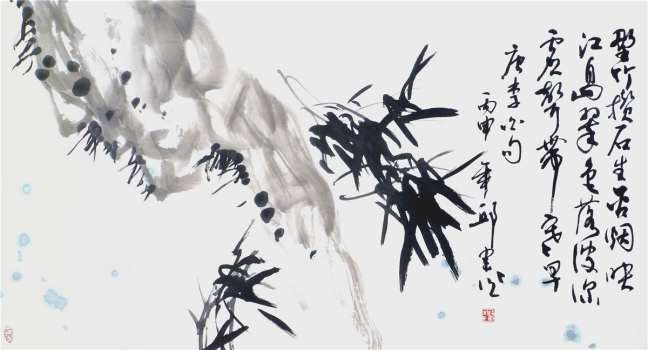
文人之笔，劝善惩恶也。